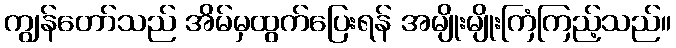
ကျွန်တော်သည် အိမ်မှထွက်ပြေးရန် အမျိုးမျိုးကြံကြည့်သည်။